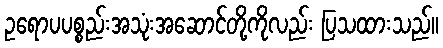
ဥရောပပစ္စည်းအသုံးအဆောင်တို့ကိုလည်း ပြသထားသည်။